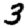
Digit: 3